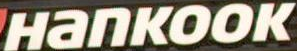
напкоок